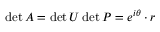
\operatorname* { d e t } A = \operatorname* { d e t } U \operatorname* { d e t } P = e ^ { i \theta } \cdot r